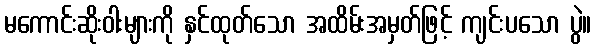
မကောင်းဆိုးဝါးများကို နှင်ထုတ်သော အထိမ်းအမှတ်ဖြင့် ကျင်းပသော ပွဲ။